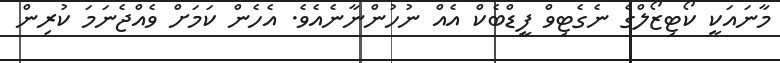
މާނައަކީ ކޯޓިޒޯލްގެ ނެގެޓިވް ފީޑްބެކް އެއް ނުހުންނާނެއެވެ. އެހެން ކަމަށް ވެއްޖެނަމަ ކުރިން